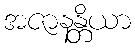
အဇာနန္တိယာ